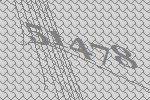
51478